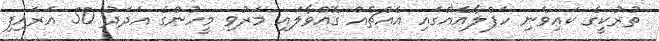
ތުރުކީގެ ކައިވެނި ހަފްލާއެއްގައި އެއްޗެއް ގޮއްވާލައި މަރުވި މީހުންގެ އަދަދު 50 އަރައިފި